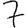
Digit: 7